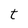
Character: t